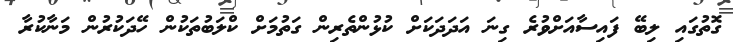
ގޮތުގައި ލިބޭ ފައިސާއަށްވުރެ ގިނަ އަދަދަކަށް ކުޅުންތެރިން ގަތުމަށް ކްލަބުތަކުން ހޭދަކުރުން މަނާކުރާ